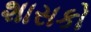
શાસકો